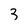
Character: 3